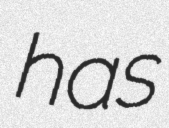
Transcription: has